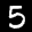
Label: 5